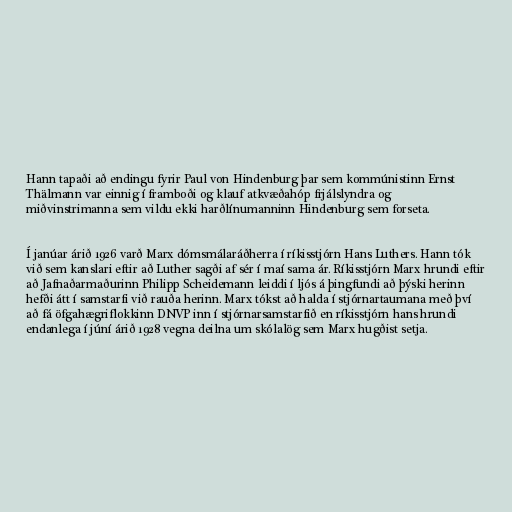
Hann tapaði að endingu fyrir Paul von Hindenburg þar sem kommúnistinn Ernst
Thälmann var einnig í framboði og klauf atkvæðahóp frjálslyndra og
miðvinstrimanna sem vildu ekki harðlínumanninn Hindenburg sem forseta.

Í janúar árið 1926 varð Marx dómsmálaráðherra í ríkisstjórn Hans Luthers. Hann tók
við sem kanslari eftir að Luther sagði af sér í maí sama ár. Ríkisstjórn Marx hrundi eftir
að Jafnaðarmaðurinn Philipp Scheidemann leiddi í ljós á þingfundi að þýski herinn
hefði átt í samstarfi við rauða herinn. Marx tókst að halda í stjórnartaumana með því
að fá öfgahægriflokkinn DNVP inn í stjórnarsamstarfið en ríkisstjórn hans hrundi
endanlega í júní árið 1928 vegna deilna um skólalög sem Marx hugðist setja.